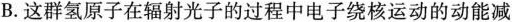
B.这群氢原子在辐射光子的过程中电子绕核运动的动能减